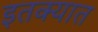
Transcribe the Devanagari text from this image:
इतक्‍यात